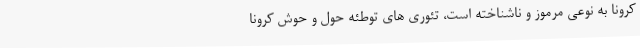
کرونا به نوعی مرموز و ناشناخته است، تئوری های توطئه حول و حوش کرونا